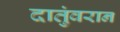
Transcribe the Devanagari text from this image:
दातुंवरान